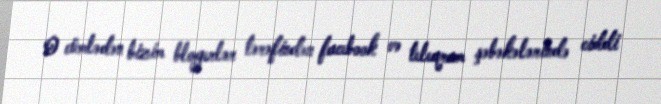
O cümlədən bizim blogerlər tərəfindən facebook və teleqram şəbəkələrində ciddi